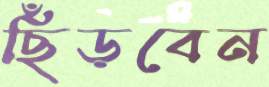
ছিঁড়বেন